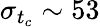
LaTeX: \sigma_{t_{c}}\sim 53